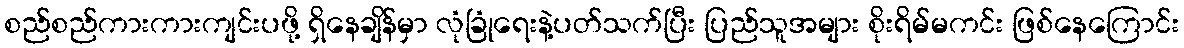
စည်စည်ကားကားကျင်းပဖို့ ရှိနေချိန်မှာ လုံခြုံရေးနဲ့ပတ်သက်ပြီး ပြည်သူအများ စိုးရိမ်မကင်း ဖြစ်နေကြောင်း